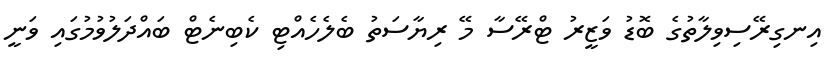
އިނގިރޭސިވިލާތުގެ ބޮޑު ވަޒީރު ޓްރޭސާ މޭ ރިޔާސަތު ބެލެހެއްޓި ކެބިނެޓް ބައްދަލުވުމުގައި ވަނީ